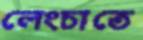
লেংচাতে